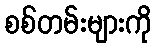
စစ်တမ်းများကို